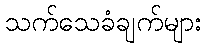
သက်သေခံချက်များ